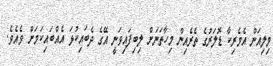
މިލިއަން އެމެރިކާ ޑޮލަރުގެ ތެރެއިން މިހާތަނަށް ލިބިފައިވަނީ އޭގެ ދެބައިކުޅަ އެއްބައިކަމަށް ވެއެވެ.